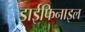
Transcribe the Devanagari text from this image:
डाईफिनाइल